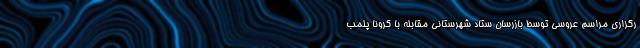
رگزاری مراسم عروسی توسط بازرسان ستاد شهرستانی مقابله با کرونا پلمب